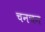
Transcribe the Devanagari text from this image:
चनचन